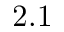
2 . 1